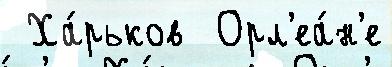
 Ха́рьков  Орл'еа́н'е